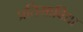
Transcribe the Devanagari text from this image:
प्रतिमाविद्या